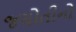
જયોતીનો